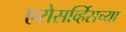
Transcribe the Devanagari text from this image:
एरोसर्व्हिसच्या